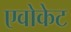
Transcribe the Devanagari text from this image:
एवोकेट